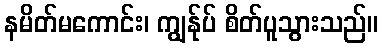
နမိတ်မကောင်း၊ ကျွန်ုပ် စိတ်ပူသွားသည်။